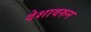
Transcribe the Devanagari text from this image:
देशावरुन